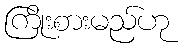
ကြိုးစားမည်ဟု